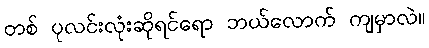
တစ် ပုလင်းလုံးဆိုရင်ရော ဘယ်လောက် ကျမှာလဲ။